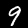
Label: 9